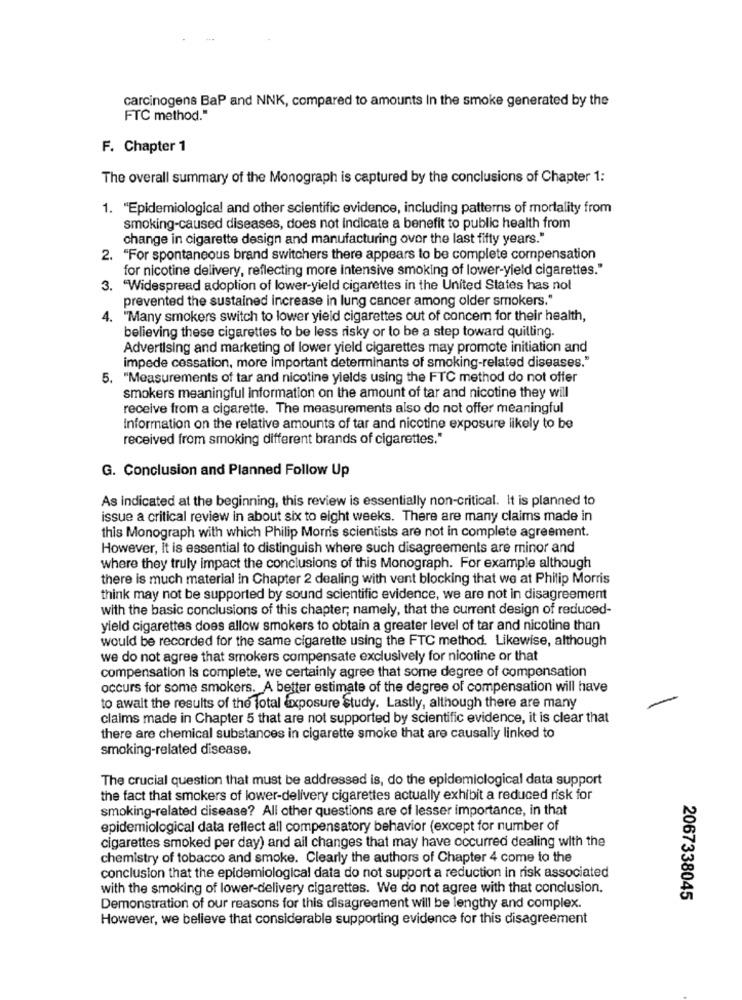
carcinogens BaP and NNK, compared to amounts In the smoke generated by the
FTC method."
F. Chapter 1
The overall summary of the Monograph is captured by the conclusions of Chapter 1:
1. "Epidemiological and other scientific evidence, including patterns of mortality from
smoking-caused diseases, does not Indicate a benefit to public health from
change in cigarette design and manufacturing over the last fifty years."
2. "For spontaneous brand switchers there appears to be complete compensation
for nicotine delivery, reflecting more intensive smoking of lower-yield cigarettes."
"Widespread adoption of lower-yield cigarettes in the United States has not
prevented the sustained increase in lung cancer among older smokers."
4.
"Many smokers switch to lower yield cigarettes out of concern for their health,
believing these cigarettes to be less risky or to be a step toward quilling.
Advertising and marketing of lower yield cigarettes may promote initiation and
impede cessation, more important determinants of smoking-related diseases."
5. "Measurements of tar and nicotine yields using the FTC method do not offer
smokers meaningful information on the amount of tar and nicotine they will
receive from a cigarette. The measurements also do not offer meaningful
Information on the relative amounts of tar and nicotine exposure likely to be
received from smoking different brands of cigarettes."
G. Conclusion and Planned Follow Up
As indicated at the beginning, this review is essentially non-critical. It is planned to
issue a critical review in about six to eight weeks. There are many claims made in
this Monograph with which Philip Morris scientists are not in complete agreement.
However, It is essential to distinguish where such disagreements are minor and
where they truly impact the conclusions of this Monograph. For example although
there is much material in Chapter 2 dealing with vent blocking that we at Philip Morris
think may not be supported by sound scientific evidence, we are not in disagreement
with the basic conclusions of this chapter; namely, that the current design of reduced-
yield cigarettes does allow smokers to obtain a greater level of tar and nicotine than
would be recorded for the same cigarette using the FTC method. Likewise, although
we do not agree that smokers compensate exclusively for nicotine or that
compensation is complete, we certainly agree that some degree of compensation
occurs for some smokers. A better estimate of the degree of compensation will have
to await the results of the total exposure Study. Lastly, although there are many
claims made in Chapter 5 that are not supported by scientific evidence, it is clear that
there are chemical substances in cigarette smoke that are causally linked to
smoking-related disease.
The crucial question that must be addressed is, do the epidemiological data support
the fact that smokers of lower-delivery cigarettes actually exhibit a reduced risk for
smoking-related disease? All other questions are of lesser importance, in that
epidemiological data reflect all compensatory behavior (except for number of
cigarettes smoked per day) and all changes that may have occurred dealing with the
chemistry of tobacco and smoke. Clearly the authors of Chapter 4 come to the
conclusion that the epidemiological data do not support a reduction in risk associated
with the smoking of lower-delivery cigarettes. We do not agree with that conclusion.
2067338045
Demonstration of our reasons for this disagreement will be lengthy and complex.
However, we believe that considerable supporting evidence for this disagreement